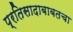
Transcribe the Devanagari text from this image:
प्रतिसादाबाबतचा